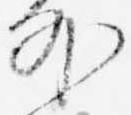
外